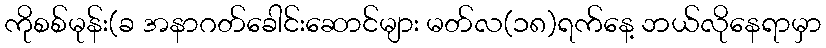
ကိုစစ်မုန်း(ခ အနာဂတ်ခေါင်းဆောင်များ မတ်လ(၁၈)ရက်နေ့ ဘယ်လိုနေရာမှာ